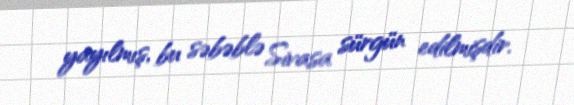
yayılmış, bu səbəblə Sivasa sürgün edilmişdir.